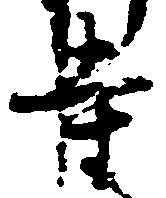
寺